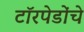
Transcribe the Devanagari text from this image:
टॉरपेडोंचे